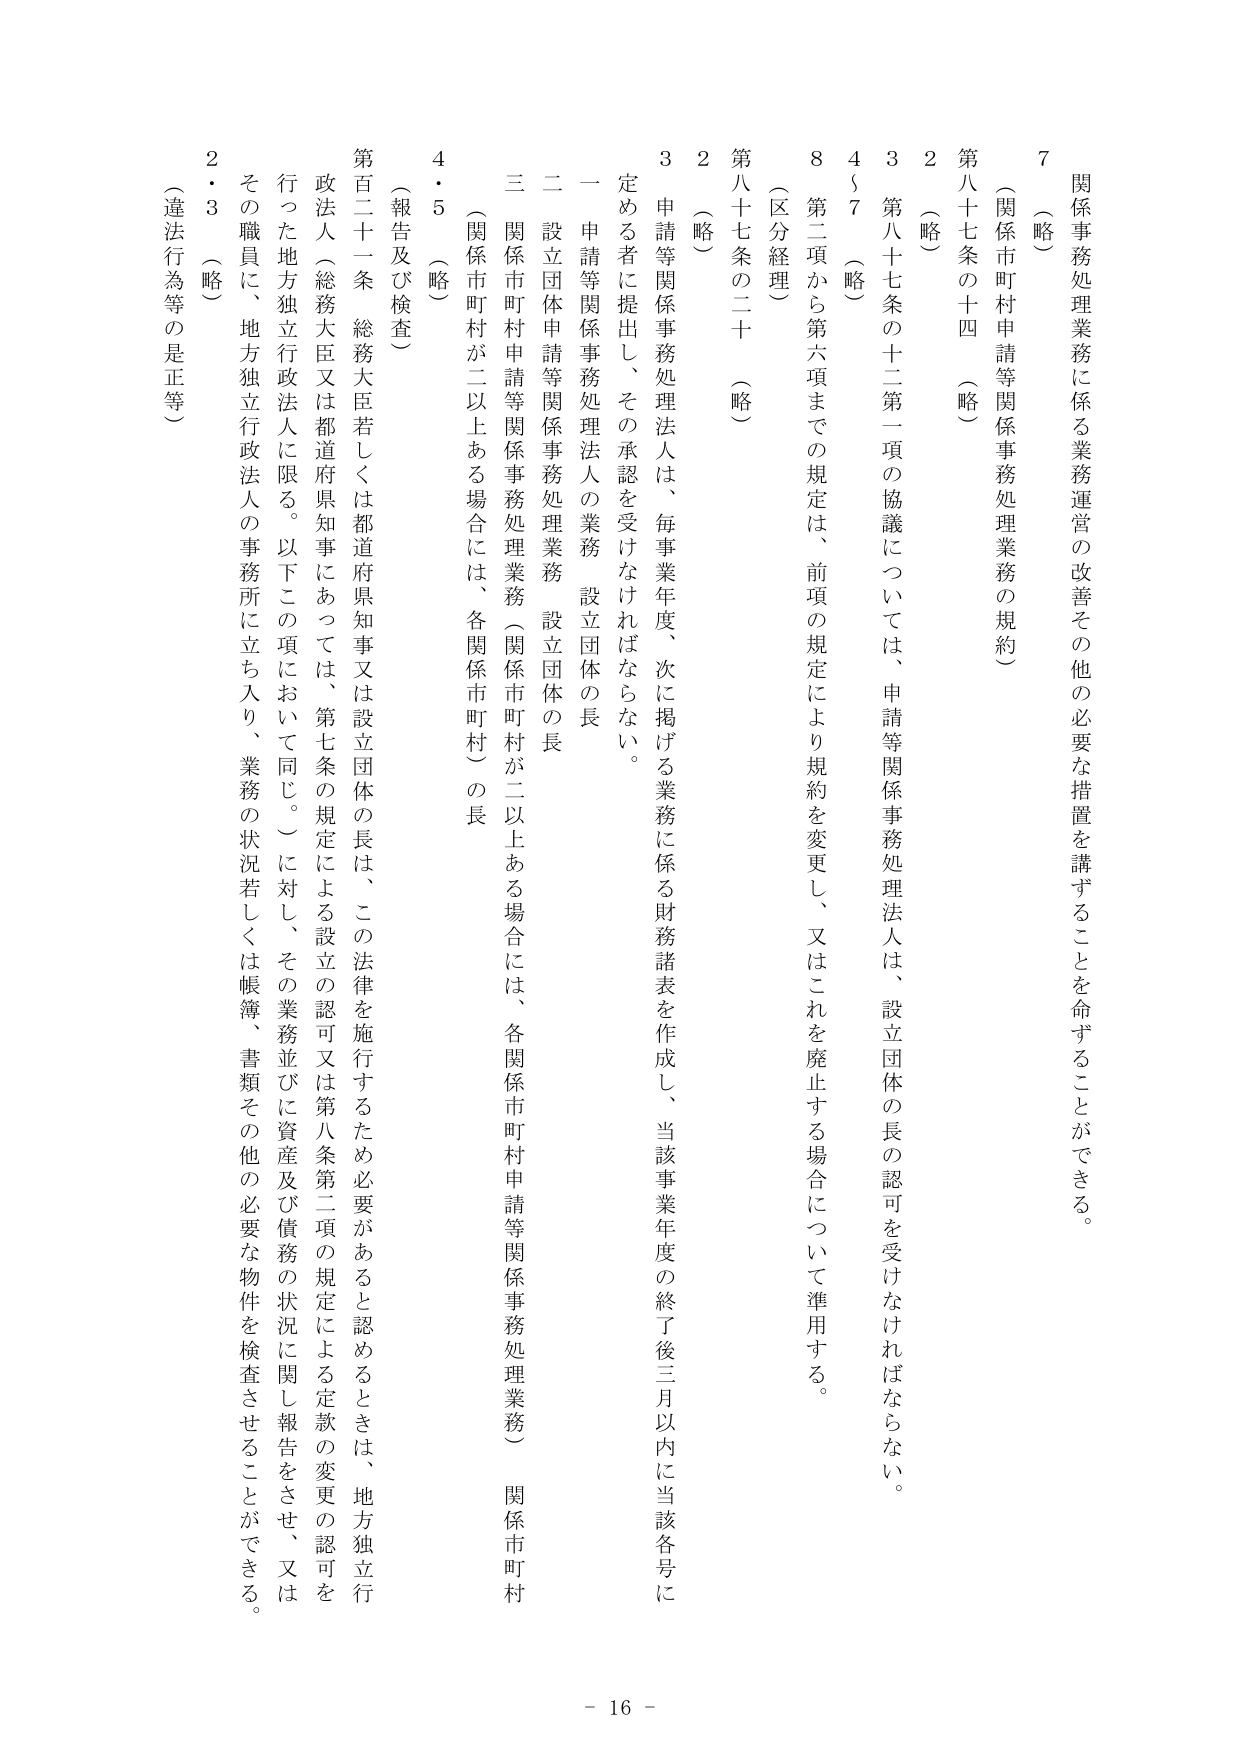
関係事務処理業務に係る業務運営の改善その他の必要な措置を講ずることを命ずることができる。

（略）

（関係市町村申請等関係事務処理業務の規約）

第八十七条の十四 （略）

2 （略）

3 第八十七条の十二第一項の協議については、申請等関係事務処理法人は、設立団体の長の認可を受けなければならない。

4～7 （略）

8 第二項から第六項までの規定は、前項の規定により規約を変更し、又はこれを廃止する場合について準用する。

（区分経理）

第八十七条の二十 （略）

2 （略）

3 申請等関係事務処理法人は、毎事業年度、次に掲げる業務に係る財務諸表を作成し、当該事業年度の終了後三月以内に当該各号に定める者に提出し、その承認を受けなければならない。

一 申請等関係事務処理法人の業務 設立団体の長

二 設立団体申請等関係事務処理業務 設立団体の長

三 関係市町村申請等関係事務処理業務（関係市町村が二以上ある場合には、各関係市町村申請等関係事務処理業務） 関係市町村

（関係市町村が二以上ある場合には、各関係市町村）の長

4・5 （略）

（報告及び検査）

第百二十一条 総務大臣若しくは都道府県知事又は設立団体の長は、この法律を施行するため必要があると認めるときは、地方独立行政法人（総務大臣又は都道府県知事にあっては、第七条の規定による設立の認可又は第八条第二項の規定による定款の変更の認可を行った地方独立行政法人に限る。以下この項において同じ。）に対し、その業務並びに資産及び債務の状況に関し報告をさせ、又はその職員に、地方独立行政法人の事務所に立ち入り、業務の状況若しくは帳簿、書類その他の必要な物件を検査させることができる。

2・3 （略）

（違法行為等の是正等）

- 16 -